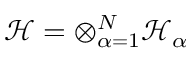
\mathcal { H } = \otimes _ { \alpha = 1 } ^ { N } \mathcal { H } _ { \alpha }